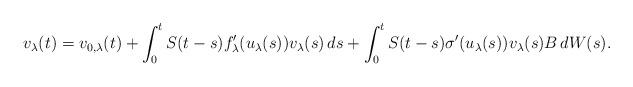
LaTeX: \begin{align*} v_\lambda(t) = v_{0,\lambda}(t) + \int_0^t S(t-s) f'_\lambda(u_\lambda(s)) v_\lambda(s)\,ds + \int_0^t S(t-s) \sigma'(u_\lambda(s)) v_\lambda(s) B\,dW(s).\end{align*}